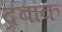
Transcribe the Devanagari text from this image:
द्रबांक